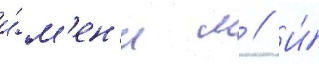
и́м'ен'и м // И́